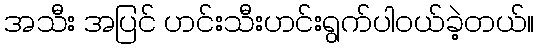
အသီး အပြင် ဟင်းသီးဟင်းရွက်ပါဝယ်ခဲ့တယ်။